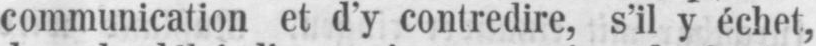
communication et d’y contredire, s’il y échet,